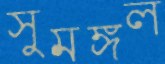
সুমঙ্গল